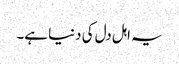
یہ اہل دل کی دنیا ہے۔